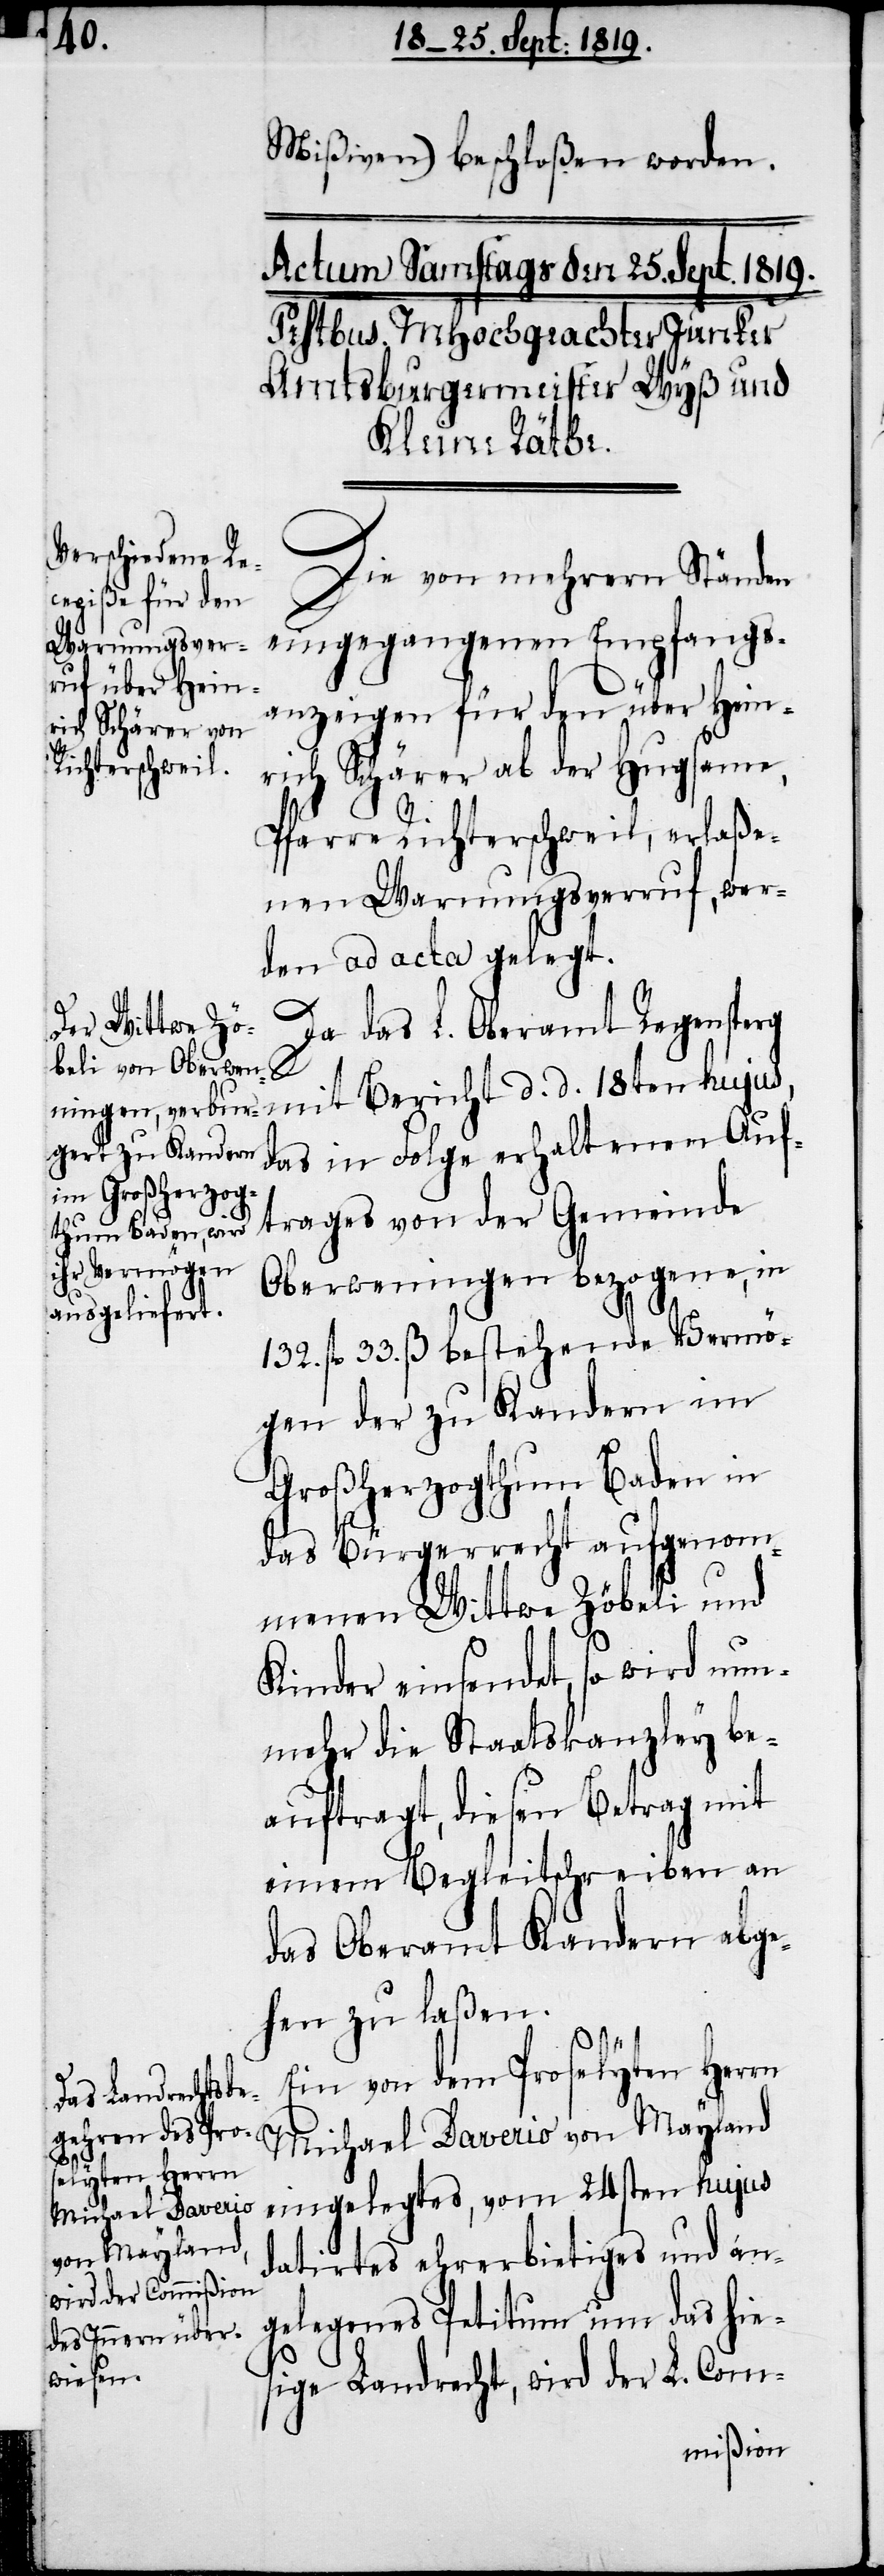
Mißiven) beschloßen worden.
Die von mehrern Ständen
eingegangenen Empfangs¬
anzeigen für den über Hein¬
rich Schärer ab der Hupsame,
Pfarre Richterschweil, erlaße¬
nen Warnungsverruf, wer¬
den ad acta gelegt.
Da das L Oberamt Regensperg
mit Bericht d. d. 18ten hujus,
das in Folge erhaltenen Auf¬
trages von der Gemeinde
Oberweningen bezogene, in
132. fl. 33. ß bestehende Vermö¬
gen der zu Kandern im
Grossherzogthum Baden in
das Bürgerrecht aufgenom¬
menen Wittwe Zöbeli und
Kinder einsendet, so wird nun¬
mehr die Staatskanzley be¬
auftragt, diesen Betrag mit
einem Begleitschreiben an
das Oberamt Kandern abge¬
hen zu laßen.
Ein von dem Proselyten Herrn
Michael Daverio von Mayland
eingelegtes, vom 24sten hujus
datirtes ehrerbietiges und an¬
gelegenes Petitum um das hie¬
sige Landrecht, wird der L. Com-